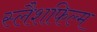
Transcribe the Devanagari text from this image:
स्लैशफिल्म